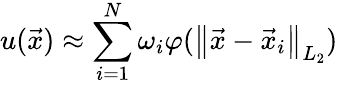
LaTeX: u(\vec{x})\approx\sum_{i=1}^{N}\omega_{i}\varphi(\left\lVert\vec{x}-\vec{x}_{i}\right\rVert_{L_{2}})